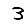
Digit: 3